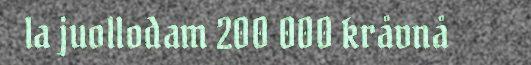
la juollodam 200 000 kråvnå